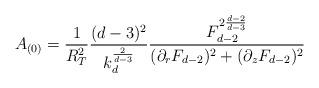
LaTeX: \begin{align*}A_{(0)} = \frac{1}{R_T^2} \frac{(d-3)^2}{k_d^{\frac{2}{d-3}}}\frac{F_{d-2}^{2 \frac{d-2}{d-3}}}{ (\partial_r F_{d-2})^2 +(\partial_z F_{d-2})^2 }\end{align*}